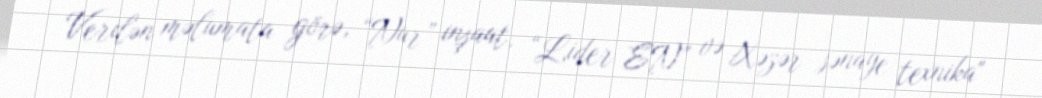
Verilən məlumata görə, “Nur” inşaat, “Lider EN” və Xəzər sənaye texnika"